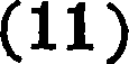
(11)